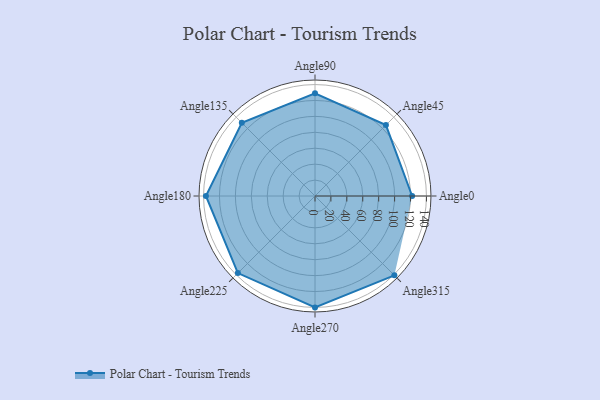
{"axis": {"x": "Angle", "y": "Radius"}, "legend": [""], "data": [{"x": "Angle0", "y": 122.0, "type": ""}, {"x": "Angle45", "y": 126.0, "type": ""}, {"x": "Angle90", "y": 129.0, "type": ""}, {"x": "Angle135", "y": 130.0, "type": ""}, {"x": "Angle180", "y": 137.0, "type": ""}, {"x": "Angle225", "y": 137.0, "type": ""}, {"x": "Angle270", "y": 140.0, "type": ""}, {"x": "Angle315", "y": 141.0, "type": ""}]}